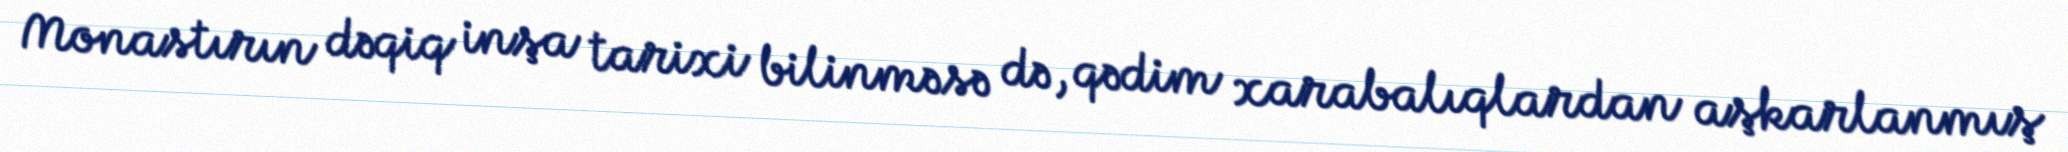
Monastırın dəqiq inşa tarixi bilinməsə də, qədim xarabalıqlardan aşkarlanmış